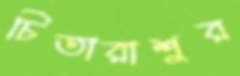
চিতারাশুর